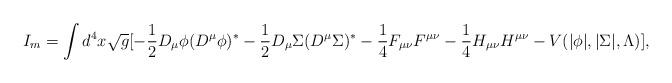
LaTeX: \begin{align*}I_m = \int d^4x \sqrt{{g}}[-\frac{1}{2}D_{\mu}\phi(D^{\mu}\phi)^* - \frac{1}{2}D_{\mu} \Sigma (D^{\mu}\Sigma)^* - \frac{1}{4}F_{\mu \nu}F^{\mu \nu} - \frac{1}{4}H_{\mu\nu}H^{\mu \nu} - V(|\phi|, |\Sigma |, \Lambda)],\end{align*}